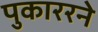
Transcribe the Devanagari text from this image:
पुकाररने